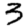
Digit: 3